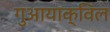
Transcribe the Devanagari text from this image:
गुआयाक्विल